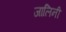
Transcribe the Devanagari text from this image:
जालिनी